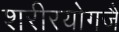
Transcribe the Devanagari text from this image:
शरीरयोगजै